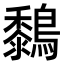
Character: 𪆜